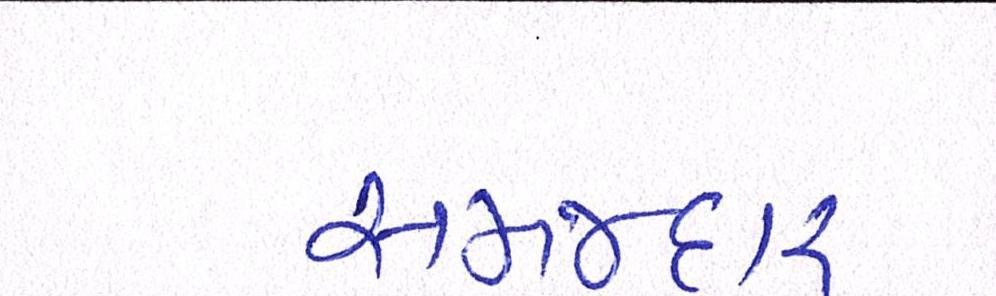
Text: સમજદાર